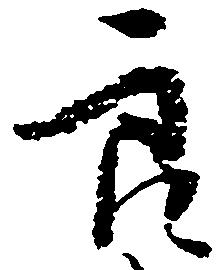
良